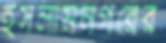
ইসলামনগরের